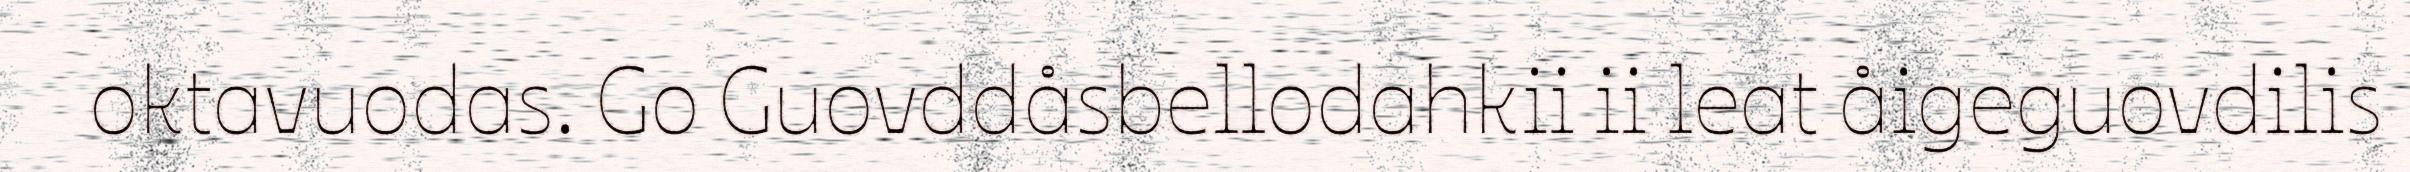
oktavuodas. Go Guovddåsbellodahkii ii leat åigeguovdilis